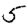
Digit: 5